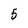
Character: 5